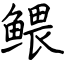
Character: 鳂